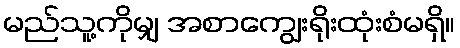
မည်သူ့ကိုမျှ အစာကျွေးရိုးထုံးစံမရှိ။